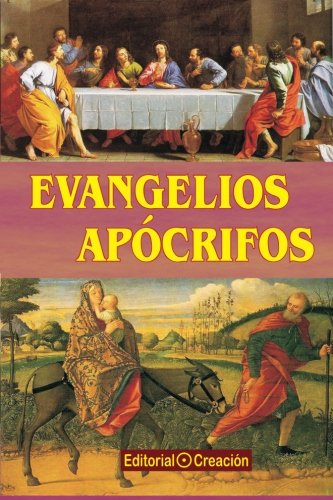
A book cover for Evangelios apocrifos (Spanish Edition); Edmundo Gonzalez Blanco; Christian Books & Bibles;